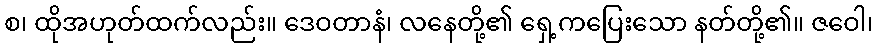
စ၊ ထိုအဟုတ်ထက်လည်း။ ဒေဝတာနံ၊ လနေတို့၏ ရှေ့ကပြေးသော နတ်တို့၏။ ဇဝေါ၊